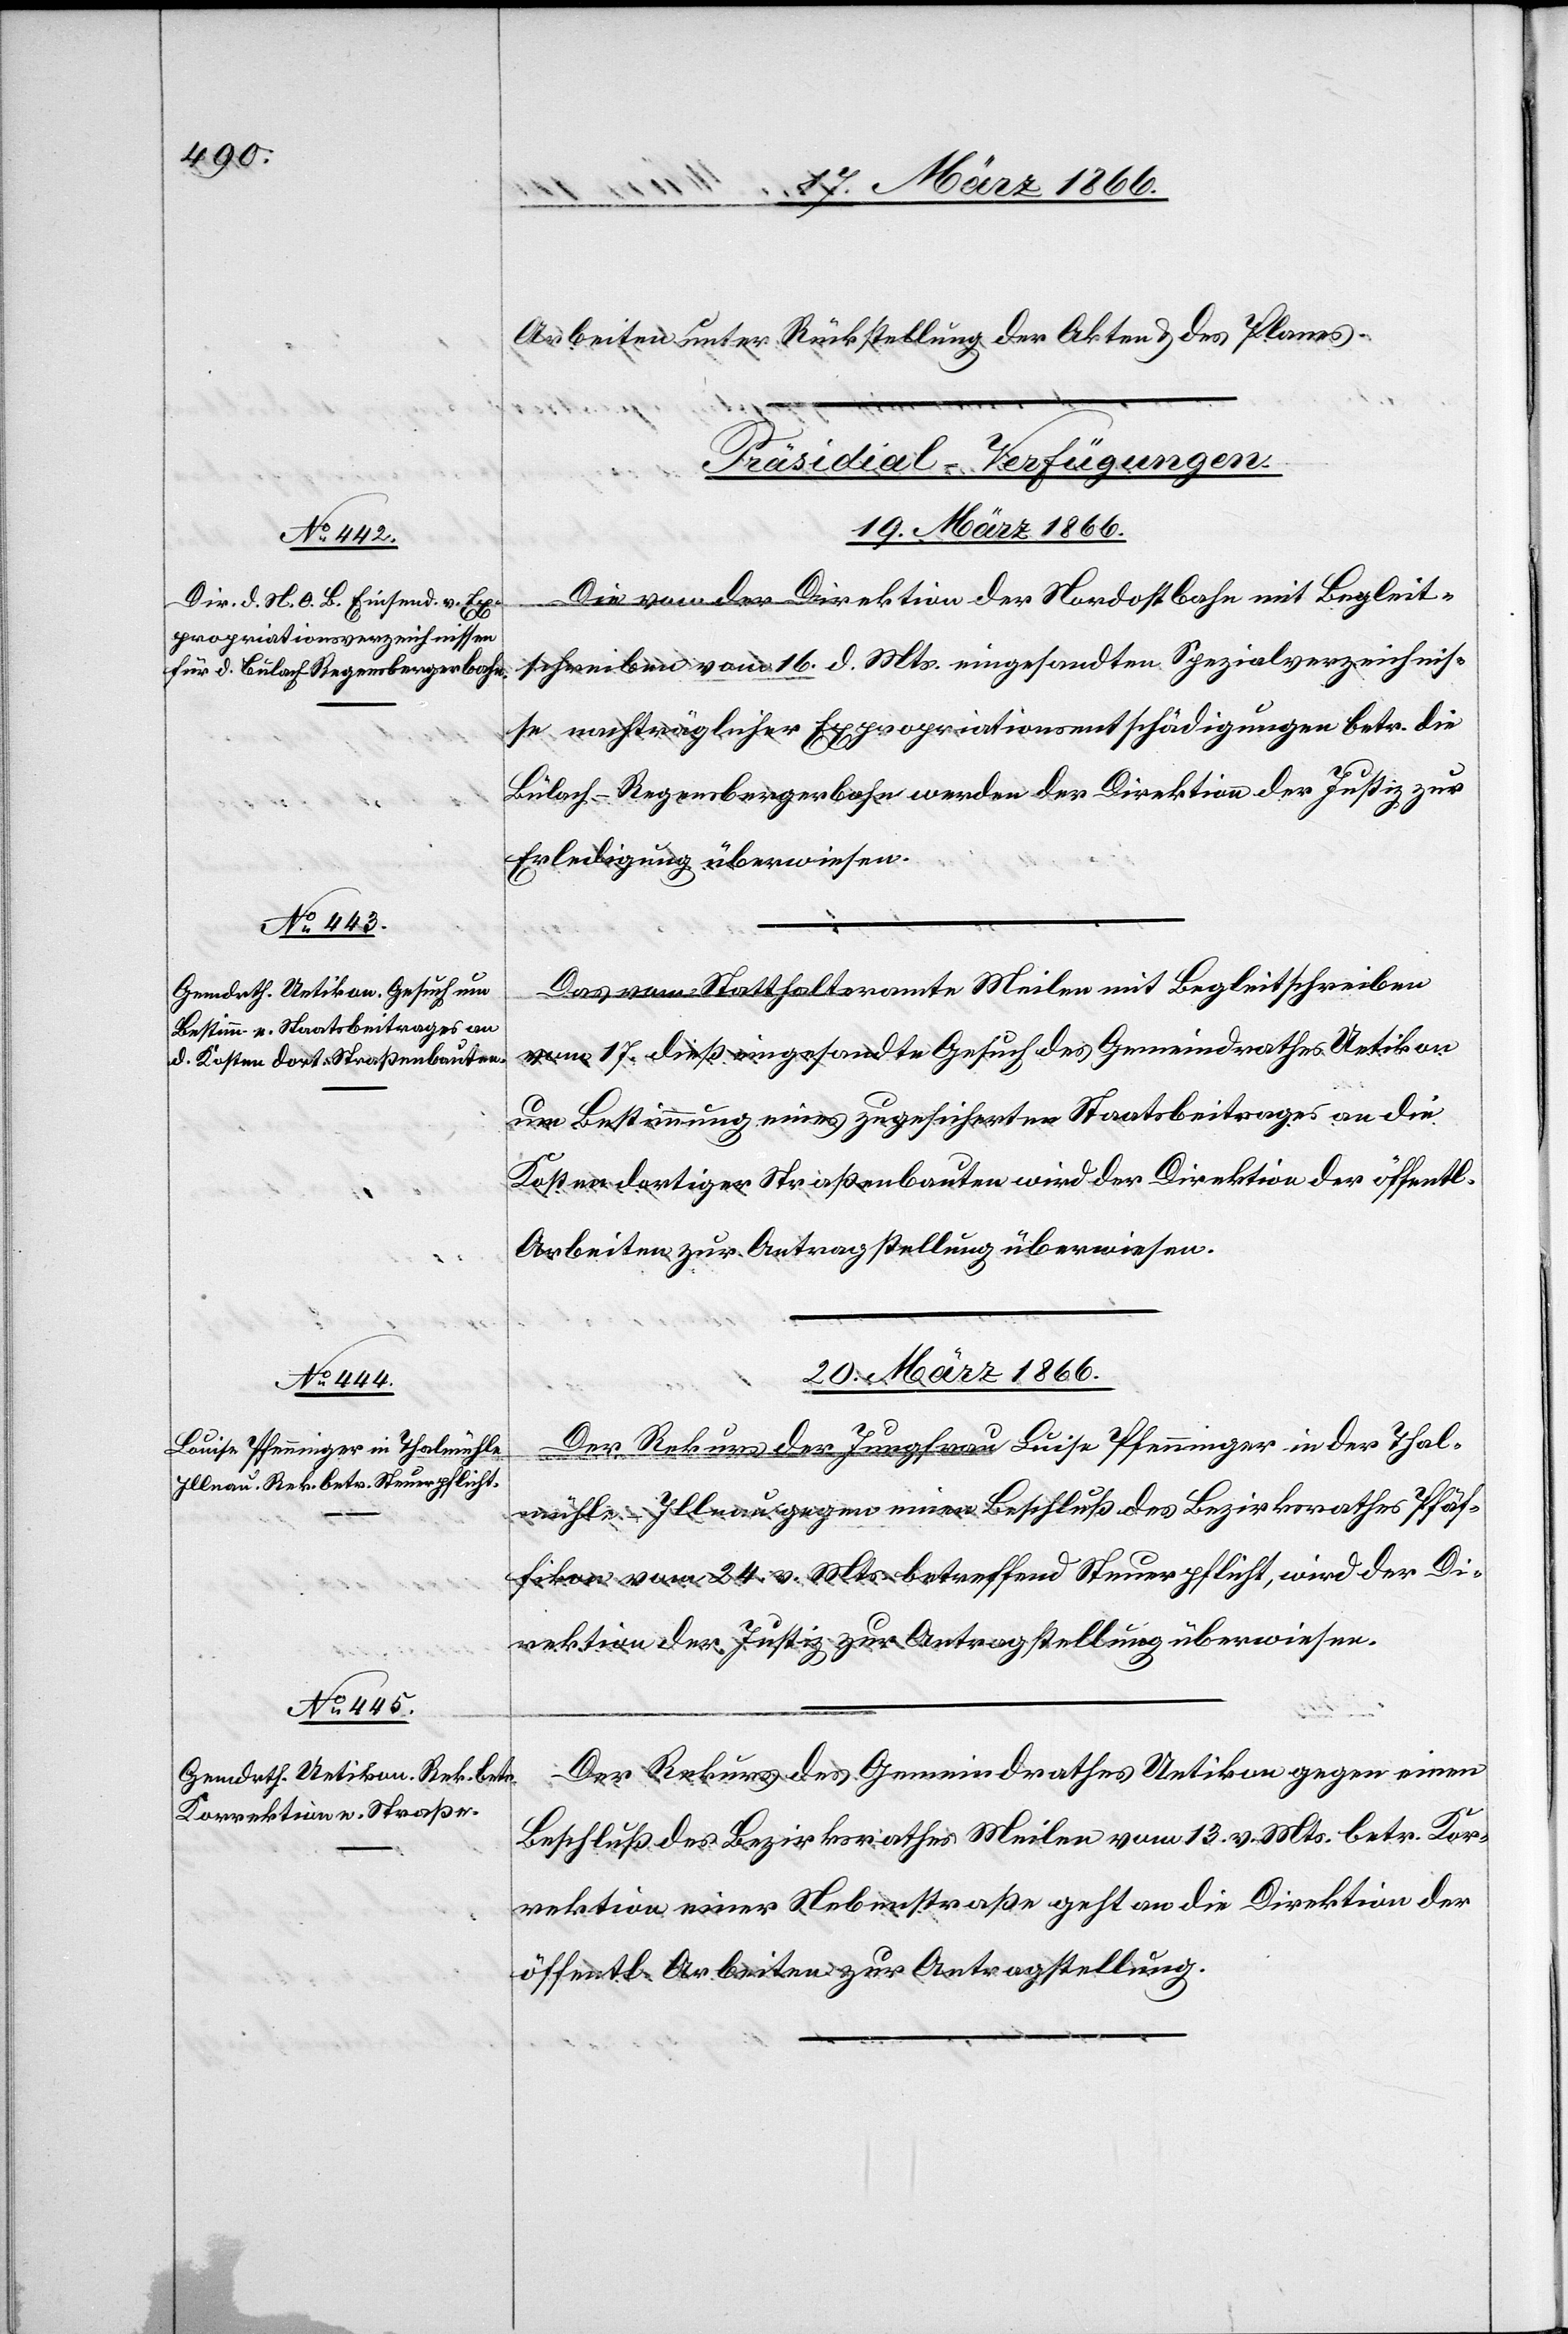
Arbeiten unter Rückstellung der Akten u. des Planes.
[Präsidial-Verfügungen.
20. März 1866.]
Die von der Direktion der Nordostbahn mit Begleit¬
schreiben vom 16. d. Mts. eingesandten Spezialverzeichnis¬
se nachträglicher Exprorpriationsentschädigungen betr. die
Bülach–Regensbergerbahn werden der Direktion der Justiz zur
Erledigung überwiesen.
Das vom Statthalteramte Meilen mit Begleitschreiben
vom 17. dieß eingesandte Gesuch des Gemeindrathes Uetikon
um Bestimmung eines zugesicherten Staatsbeitrages an die
Kosten dortiger Straßenbauten wird der Direktion der öffentl.
Arbeiten zur Antragstellung überwiesen.
20. März 1866.
Der Rekurs der Jungfrau Louise Pfenninger in der Thal¬
mühle–Illnau gegen einen Beschluß des Bezirksrathes Pfäf¬
fikon vom 24. v. Mts. betreffend Steuerpflicht, wird der Di¬
rektion der Justiz zur Antragstellung überwiesen.
Der Rekurs des Gemeindrathes Uetikon gegen einen
Beschluß des Bezirksrathes Meilen vom 13. v. Mts. betr. Kor¬
rektion einer Nebenstraße geht an die Direktion der
öffentl. Arbeiten zur Antragstellung.